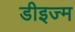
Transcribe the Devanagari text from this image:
डीइज्म